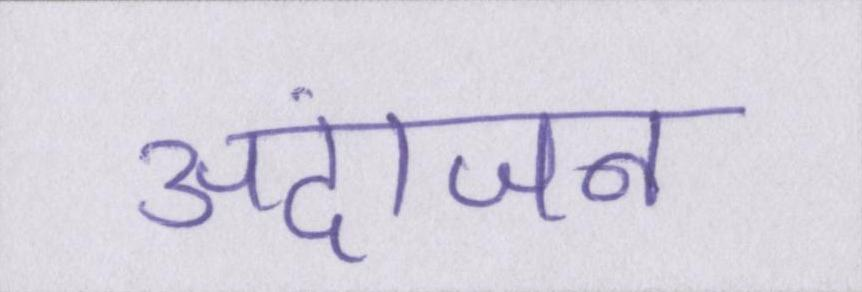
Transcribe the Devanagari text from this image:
अंदाजन